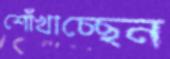
শোঁখাচ্ছেন